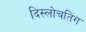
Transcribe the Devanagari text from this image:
दिस्लोचतिंग